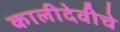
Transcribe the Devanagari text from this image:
कालीदेवीचे